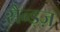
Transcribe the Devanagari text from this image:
सैन्ड्ज़